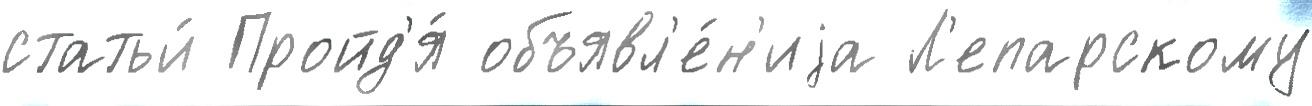
статьи́ Пройд'я́ объявл'е́н'иjа Л'епарскому